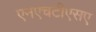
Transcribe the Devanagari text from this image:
एनएचटीएसए